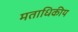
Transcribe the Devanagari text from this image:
मताधिकीय